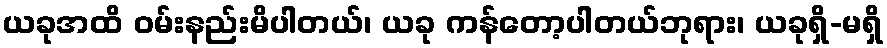
ယခုအထိ ဝမ်းနည်းမိပါတယ်၊ ယခု ကန်တော့ပါတယ်ဘုရား၊ ယခုရှိ-မရှိ